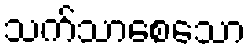
သက်သာစေသော